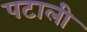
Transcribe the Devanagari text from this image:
पटाली